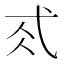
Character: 𢎂